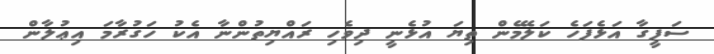
ސަފީގާ އަޅެފަހެ ކަލޭމެން ތިޔަ އުޅެނީ ދިވެހި ރައްޔިތުުންނާ އެކު ހަގުރާމަ އިޢުލާން